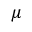
\mu